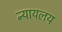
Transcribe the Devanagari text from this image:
न्‍यायलय